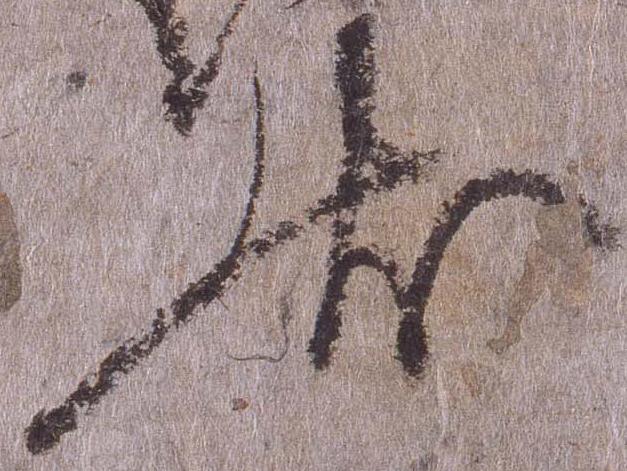
状